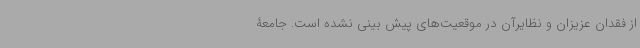
از فقدان عزیزان و نظایرآن در موقعیت‌های پیش بینی نشده است. جامعۀ